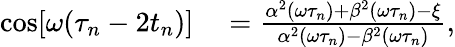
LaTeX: \begin{array}{rl}{\cos[\omega(\tau_{n}-2t_{n})]}&{{}=\frac{\alpha^{2}(\omega\tau_{n})+\beta^{2}(\omega\tau_{n})-\xi}{\alpha^{2}(\omega\tau_{n})-\beta^{2}(\omega\tau_{n})},}\end{array}